King Institute of Preventive Medicine Micro-Biological Section reports 1909-11
Year: 1909
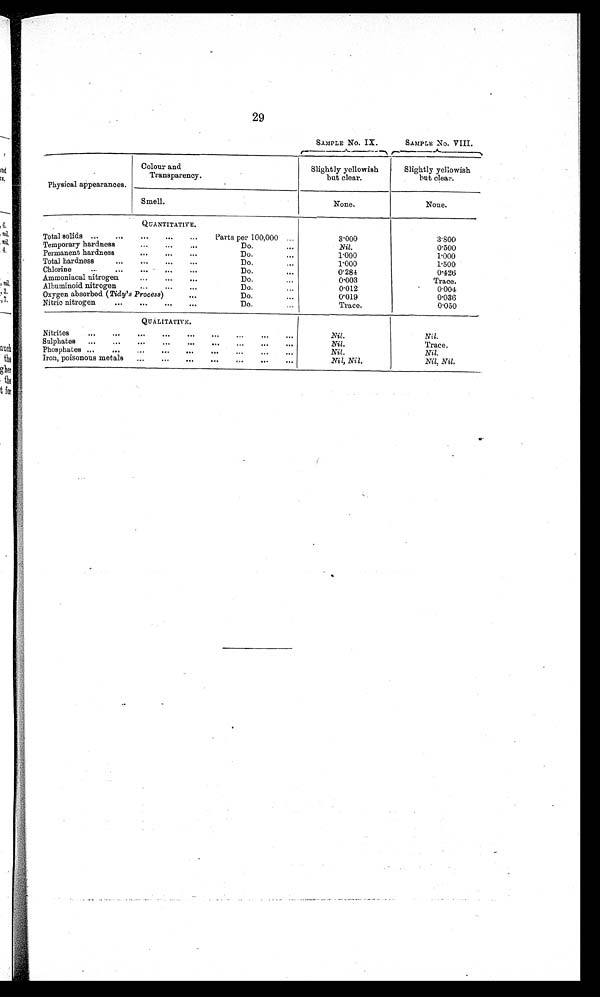
29
SAMPLE No. IX.
SAMPLE No. VIII.
Physical appearances.
Colour and
Transparency.
Slightly yellowish
but clear.
Slightly yellowish
but clear.
Smell.
None.
None.
QUANTITATIVE.
Total solids ... ...
...
...
...
Parts per 100,000 ...
3.000
3.800
Temporary hardness
... ... ...
...
Do.
...
Nil.
0.500
Permanent hardness
... ... ...
Do.
...
1.000
1.000
Total hardness
,.. ,.. ,.. ,..
Do.
...
1.000
1.500
Chlorine
,.. ,.. ,.. ,..
Do.
...
0.284
0.426
Ammoniacal nitrogen,..
,.. ,..
...
Do.
...
0.003
T r a c e .
Albuminoid nitrogen
,.. ,.. ,..
Do.
...
0.012
0 . 0 0 4
Oxygen absorbed ( Tidy's Process) ...
Do.
...
0.019
0.036
Nitric nitrogen... ...
...
...
. . .
Do.
...
Trace.
0.050
QUALITATIVE.
Nitrites
...
...
... ...
...
...
...
...
...
Nil.
Nil.
Sulphates ...
„,
...
...
...
... ...
...
...
Nil.
Trace.
Phosphates ...
...
...
...
...
_
... ....
Nil.
Nil.
Iron, poisonous metals
... ...
...
...
... ...
...
Nil, Nil.
Nil, Nil.